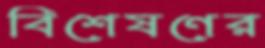
বিশেষণের